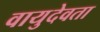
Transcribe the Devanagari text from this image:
वायुदेवता